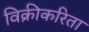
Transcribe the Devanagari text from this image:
विक्रीकरिता